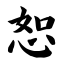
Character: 恕